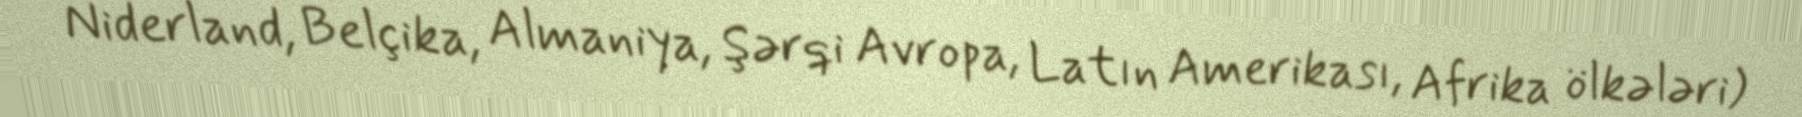
Niderland, Belçika, Almaniya, Şərqi Avropa, Latın Amerikası, Afrika ölkələri)